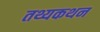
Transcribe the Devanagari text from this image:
तथ्यकथन